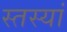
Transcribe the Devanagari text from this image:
स्तस्यां